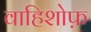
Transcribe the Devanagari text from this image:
वाहिशोफ़